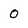
Character: O